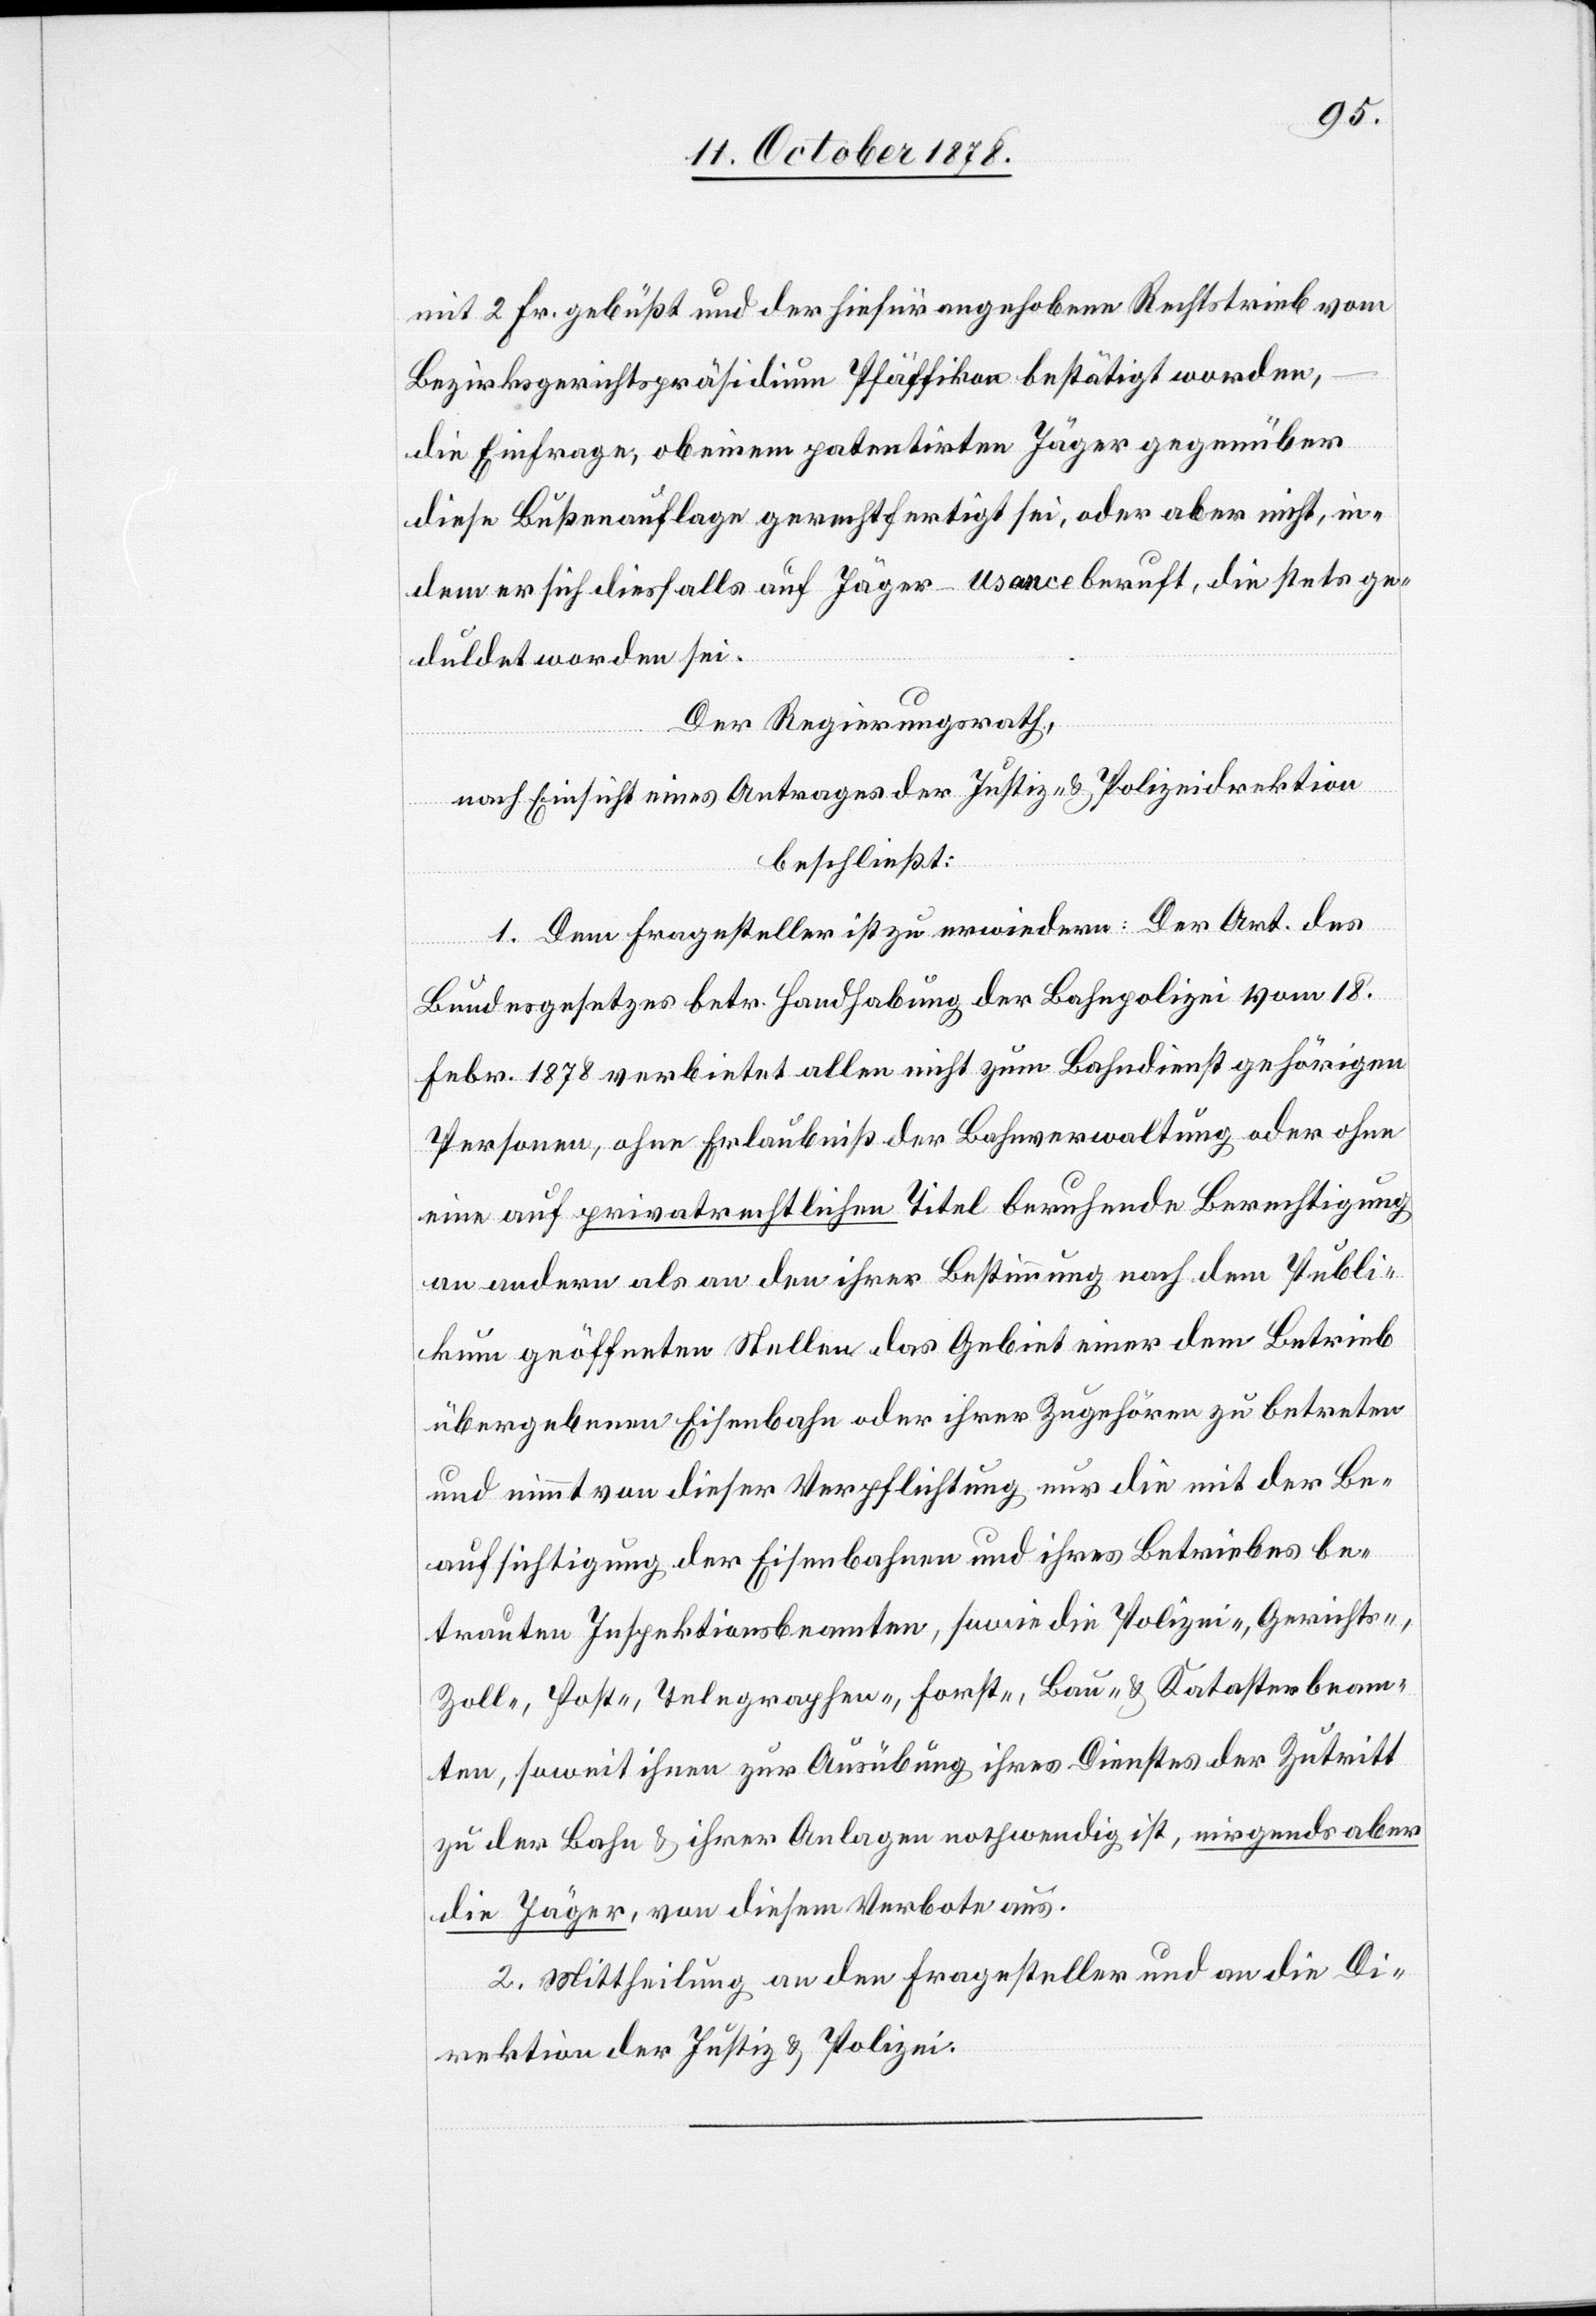
mit 2 Fr. gebüßt und der hiefür angehobene Rechtstrieb vom
Bezirksgerichtspräsidium Pfäffikon bestätigt worden,
die Einfrage, ob einem patentirten Jäger gegenüber
diese Bußenauflage gerechtfertigt sei, oder aber nicht, in¬
dem er sich diesfalls auf Jäger-usance beruft, die stets ge¬
duldet worden sei.
Der Regierungsrath,
nach Einsicht eines Antrages der Justiz- & Polizeidirektion
beschließt:
1. Dem Fragesteller ist zu erwiedern: Der Art. des
Bundesgesetzes betr. Handhabung der Bahnpolizei vom 18.
Febr. 1878 verbietet allen nicht zum Bahndienst gehörigen
Personen, ohne Erlaubniß der Bahnverwaltung oder ohne
eine auf privatrechtlichen Titel beruhende Berechtigung
an andere als an den ihrer Bestimmung nach dem Publi¬
kum geöffneten Stellen das Gebiet einer dem Betrieb
übergebenen Eisenbahn oder ihrer Zugehören zu betreten
und nimmt von dieser Verpflichtung nur die mit der Be¬
aufsichtigung der Eisenbahnen und ihres Betriebes be¬
trauten Inspektionsbeamten, sowie die Polizei-, Gerichts-,
Zoll-, Post-, Telegraphen-. Forst-. Bau- & Katasterbeam¬
ten, soweit ihnen zur Ausübung ihres Dienstes der Zutritt
zu der Bahn & ihrer Anlagen nothwendig ist, nirgends aber
die Jäger, von diesem Verbote aus.
2. Mittheilung an den Fragesteller und an die Di¬
rektion der Justiz & Polizei.